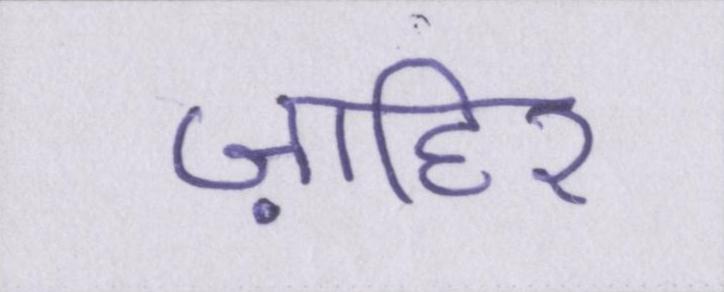
ज़ाहिर